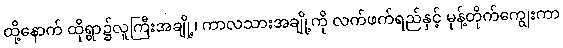
ထို့နောက် ထိုရွာ၌လူကြီးအချို့၊ ကာလသားအချို့ကို လက်ဖက်ရည်နှင့် မုန့်တိုက်ကျွေးကာ